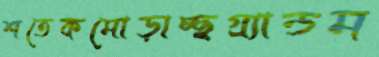
শতেকমোড়াচ্ছগ্র্যান্ডম